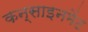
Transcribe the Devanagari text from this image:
कन्साइनमेंट